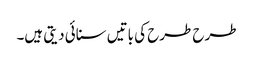
طرح طرح کی باتیں سنائی دیتی ہیں۔